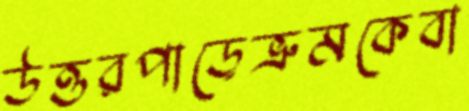
উত্তরপাড়েভ্রুমকেবা